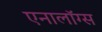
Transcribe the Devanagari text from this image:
एनालॉग्स